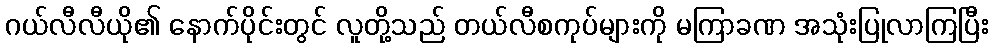
ဂယ်လီလီယို၏ နောက်ပိုင်းတွင် လူတို့သည် တယ်လီစကုပ်များကို မကြာခဏ အသုံးပြုလာကြပြီး